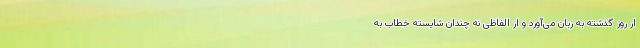
از روز گذشته به زبان می‌آورد و از الفاظی نه چندان شایسته خطاب به